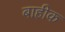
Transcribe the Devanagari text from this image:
बाहीक